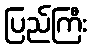
ပြည်ကြီး